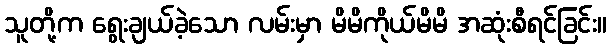
သူတို့က ရွေးချယ်ခဲ့သော လမ်းမှာ မိမိကိုယ်မိမိ အဆုံးစီရင်ခြင်း။